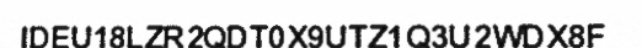
IDEU18LZR2QDT0X9UTZ1Q3U2WDX8F